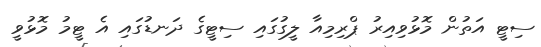
ސިޓީ އަތުން މޮޅުވިއިރު ޕްރިމިއާ ލީގުގައި ސިޓީގެ ދަނޑުގައި އެ ޓީމު މޮޅުވީ